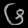
Digit: ၆